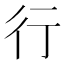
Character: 行